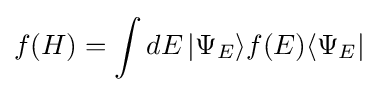
f(H)=\int dE\left|\Psi _{E}\rangle f(E)\langle \Psi _{E}\right|